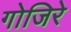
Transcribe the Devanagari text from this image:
गोजिरे